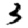
Digit: 3